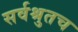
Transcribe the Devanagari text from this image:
सर्वश्रुतच